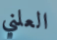
العلني